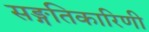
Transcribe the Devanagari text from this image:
सङ्गतिकारिणी